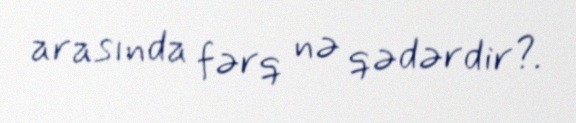
arasında fərq nə qədərdir?.